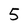
Character: 5